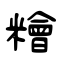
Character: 糩